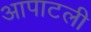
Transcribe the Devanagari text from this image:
आपाटली